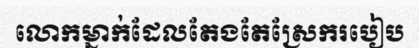
លោកម្នាក់ដែលតែងតែស្រែករបៀប